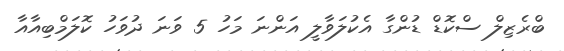
ބްރެޒިލް ސްކޮޑް ޑުންގާ އެކުލަވާލީ އަންނަ މަހު 5 ވަނަ ދުވަހު ކޮލަމްބިއާއާ